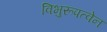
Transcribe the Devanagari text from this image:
विभुरूपत्वेन